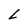
Character: L